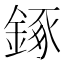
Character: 𨧧